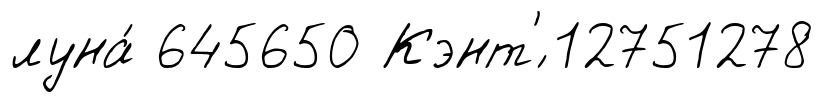
луна́ 645650 Кэнт'́ 12751278